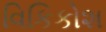
વિકિકોશ